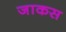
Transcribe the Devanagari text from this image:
जाकस